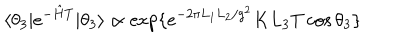
\langle \theta _ { 3 } | e ^ { - { \hat { H } } T } | \theta _ { 3 } \rangle \propto \mathrm { e x p } \{ e ^ { - 2 \pi L _ { 1 } L _ { 2 } / g ^ { 2 } } K L _ { 3 } T \cos \theta _ { 3 } \}